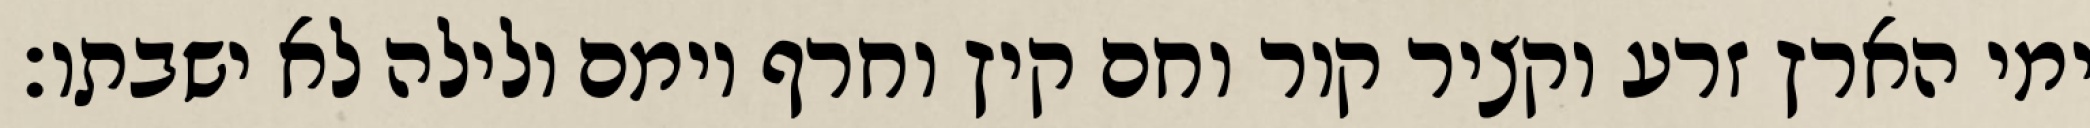
ימי הארץ זרע וקציר קור וחם קיץ וחרף יומם ולילה לא ישבתו׃